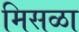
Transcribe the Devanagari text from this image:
मिसळा